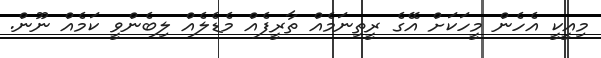
މިއީކީ އެހެން މީހަކަށް އޭގެ ރީތިނަމެއް ތާރީފެއް މެޑެލެއް ލިބެންވީ ކަމެއް ނޫން.